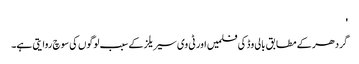
'
گردھر کے مطابق بالی وڈ کی فلمیں اور ٹی وی سیریلز کے سبب لوگوں کی سوچ روایتی ہے۔